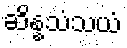
ဆိန္နသံသယံ